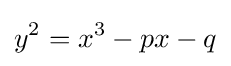
y^{2}=x^{3}-px-q